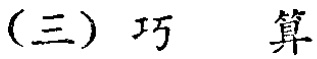
(三) 巧 算